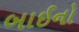
બાઈનો